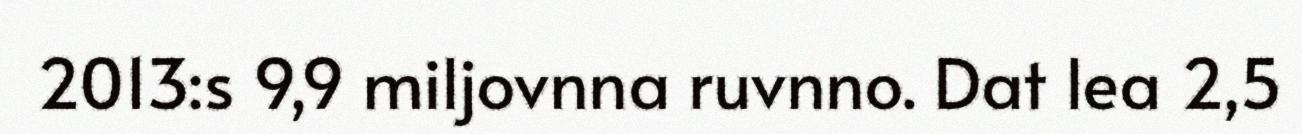
2013:s 9,9 miljovnna ruvnno. Dat lea 2,5